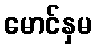
မောင်နှမ